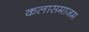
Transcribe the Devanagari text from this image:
कलासमाजम